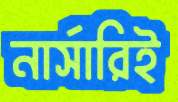
নার্সারিই